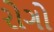
રોગો